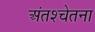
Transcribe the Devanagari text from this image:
अंतश्‍चेतना